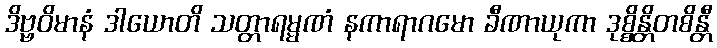
ဒိဗ္ဗဝိမာနံ ဒါယောတိ သတ္တာရမ္မဏံ နကာရာဂမော ခီဏာယုကာ ဒုစ္စိန္တိတစိန္တီ